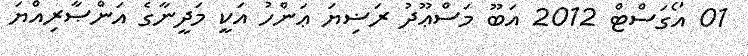
01 އޯގަސްޓް 2012 އަބޫ މަސްޢޫދު ރަޟިޔަ ޢަންހު އަކީ މަދީނާގެ އަންޞާރިއްޔަ